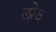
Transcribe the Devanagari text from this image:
लोऽ